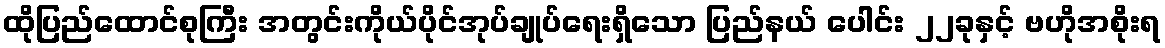
ထိုပြည်ထောင်စုကြီး အတွင်းကိုယ်ပိုင်အုပ်ချုပ်ရေးရှိသော ပြည်နယ် ပေါင်း ၂၂ခုနှင့် ဗဟိုအစိုးရ